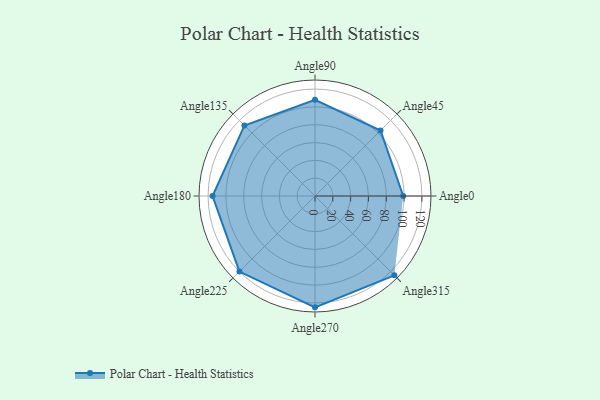
{"axis": {"x": "Angle", "y": "Radius"}, "legend": [""], "data": [{"x": "Angle0", "y": 99.0, "type": ""}, {"x": "Angle45", "y": 104.0, "type": ""}, {"x": "Angle90", "y": 108.0, "type": ""}, {"x": "Angle135", "y": 112.0, "type": ""}, {"x": "Angle180", "y": 115.0, "type": ""}, {"x": "Angle225", "y": 120.0, "type": ""}, {"x": "Angle270", "y": 125.0, "type": ""}, {"x": "Angle315", "y": 126.0, "type": ""}]}